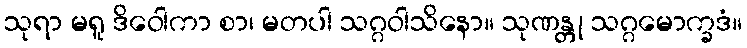
သုရာ မရူ ဒိဝေါကာ စာ၊ မတပါ သဂ္ဂဝါသိနော။ သုဏန္တု သဂ္ဂမောက္ခဒံ။